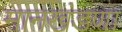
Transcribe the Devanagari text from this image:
मानखंडणा